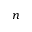
n